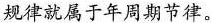
规律就属于年周期节律。